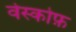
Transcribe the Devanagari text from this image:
वेस्कोफ़